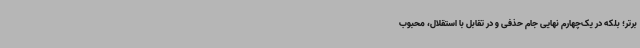
برتر؛ بلکه در یک‌چهارم نهایی جام حذفی و در تقابل با استقلال، محبوب